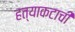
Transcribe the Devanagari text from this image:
हत्याकटाची